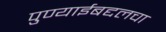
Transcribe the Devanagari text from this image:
पुण्याईबद्दलचा